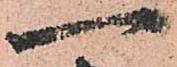
一